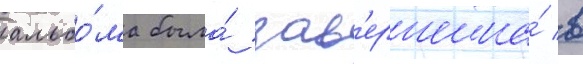
альбо́ма была́ зав'ершена́ в